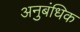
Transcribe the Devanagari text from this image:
अनुबंधिक